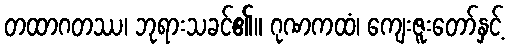
တထာဂတဿ၊ ဘုရားသခင်၏။ ဂုဏကထံ၊ ကျေးဇူးတော်နှင့်